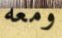
ومعه